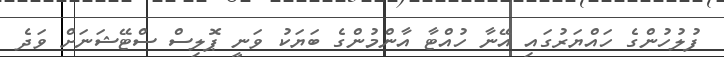
ފުލުހުންގެ ހައްޔަރުގައި އޭނާ ހުއްޓާ އާންމުންގެ ބަޔަކު ވަނީ ޕޮލިސް ސްޓޭޝަނަށް ވަދެ